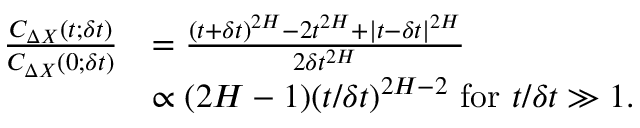
\begin{array} { r l } { \frac { C _ { \Delta X } ( t ; \delta t ) } { C _ { \Delta X } ( 0 ; \delta t ) } } & { = \frac { ( t + \delta t ) ^ { 2 H } - 2 t ^ { 2 H } + | t - \delta t | ^ { 2 H } } { 2 \delta t ^ { 2 H } } } \\ & { \propto { ( 2 H - 1 ) } ( { t } / { \delta t } ) ^ { 2 H - 2 } ~ \mathrm { f o r } ~ t / \delta t \gg 1 . } \end{array}